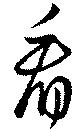
看